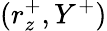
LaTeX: (r_{z}^{+},Y^{+})